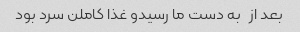
بعد از   به دست ما رسیدو غذا کاملن سرد بود